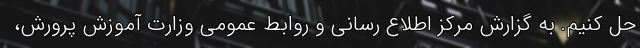
حل کنیم. به گزارش مرکز اطلاع رسانی و روابط عمومی وزارت آموزش پرورش،